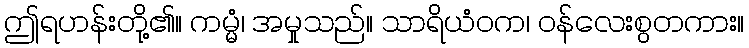
ဤရဟန်းတို့၏။ ကမ္မံ၊ အမှုသည်။ သာရိယံဝက၊ ဝန်လေးစွတကား။